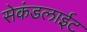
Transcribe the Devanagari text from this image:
सेकंडलाईट